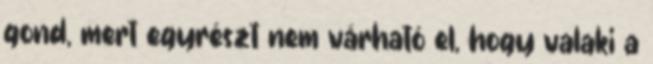
gond, mert egyrészt nem várható el, hogy valaki a